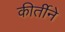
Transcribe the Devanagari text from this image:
कीर्तीने